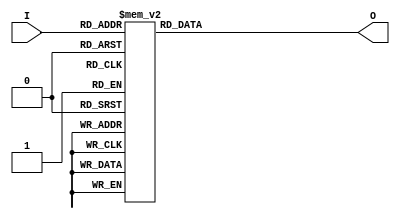
`timescale 1ns / 1ps
//////////////////////////////////////////////////////////////////////////////////
// Company: 
// Engineer: 
// 
// Design Name: 
// Module Name:    dec_gray532_bh 
// Project Name: 
// Target Devices: 
// Tool versions: 
// Description: 
//
// Dependencies: 
//
// Revision: 
// Revision 0.01 - File Created
// Additional Comments: 
//
//////////////////////////////////////////////////////////////////////////////////

// AYUSH GUPTA
// Gray Code to Unsigned Thermometer Code Decoder

// NOTE : 5-bit Input Gray Code
// 	  : 32 bits Output Thermometer code with MSB as Unsigned Bit

module dec_gray532_bh
(
	input      [4:0]  I,
	output reg [31:0] O
);

always @(I)
begin

	case (I)
		5'b00000 : O = 32'b00000000000000000000000000000000;
		5'b00001 : O = 32'b00000000000000000000000000000001;
		5'b00011 : O = 32'b00000000000000000000000000000011;
		5'b00010 : O = 32'b00000000000000000000000000000111;
		5'b00110 : O = 32'b00000000000000000000000000001111;
		5'b00111 : O = 32'b00000000000000000000000000011111;
		5'b00101 : O = 32'b00000000000000000000000000111111;
		5'b00100 : O = 32'b00000000000000000000000001111111;
		5'b01100 : O = 32'b00000000000000000000000011111111;
		5'b01101 : O = 32'b00000000000000000000000111111111;
		5'b01111 : O = 32'b00000000000000000000001111111111;
		5'b01110 : O = 32'b00000000000000000000011111111111;
		5'b01010 : O = 32'b00000000000000000000111111111111;
		5'b01011 : O = 32'b00000000000000000001111111111111;
		5'b01001 : O = 32'b00000000000000000011111111111111;
		5'b01000 : O = 32'b00000000000000000111111111111111;
		5'b11000 : O = 32'b00000000000000001111111111111111;
		5'b11001 : O = 32'b00000000000000011111111111111111;
		5'b11011 : O = 32'b00000000000000111111111111111111;
		5'b11010 : O = 32'b00000000000001111111111111111111;
		5'b11110 : O = 32'b00000000000011111111111111111111;
		5'b11111 : O = 32'b00000000000111111111111111111111;
		5'b11101 : O = 32'b00000000001111111111111111111111;
		5'b11100 : O = 32'b00000000011111111111111111111111;
		5'b10100 : O = 32'b00000000111111111111111111111111;
		5'b10101 : O = 32'b00000001111111111111111111111111;
		5'b10111 : O = 32'b00000011111111111111111111111111;
		5'b10110 : O = 32'b00000111111111111111111111111111;
		5'b10010 : O = 32'b00001111111111111111111111111111;
		5'b10011 : O = 32'b00011111111111111111111111111111;
		5'b10001 : O = 32'b00111111111111111111111111111111;
		5'b10000 : O = 32'b01111111111111111111111111111111;
	   default  : O = "ZZZZZZZZZZZZZZZZZZZZZZZZZZZZZZZZ";
	 endcase
	 
end
endmodule